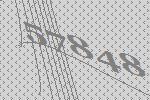
57848